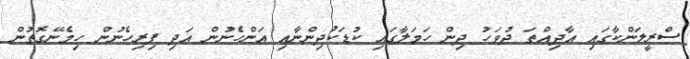
ސްރީލަންކާގައި އާދިއްތަ ދުވަހު ދިން ހަމަލާގައި ކުޑަކުދިންނާއި އަންހެނުން އަދި ފިރިހެނުން ހިމެނޭގޮތުން